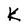
Character: K